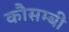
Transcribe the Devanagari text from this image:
कौसम्बी